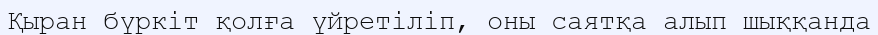
Қыран бүркіт қолға үйретіліп, оны саятқа алып шыққанда